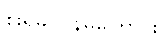
စိုးရိမ်ပူပန်မိကြောင်း